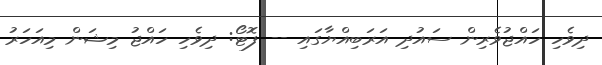
ދިވެހި ހައްޖުވެރިން ސައުދި އަރަބިއްޔާގައި -- ފޮޓޯ: ދިވެހި ހައްޖު މިޝަން މިއަހަރު